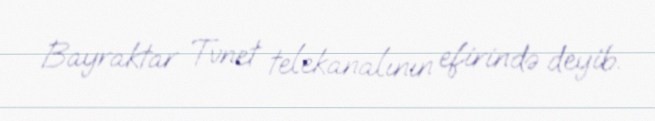
Bayraktar Tvnet telekanalının efirində deyib.